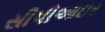
સીપીઆઇર